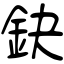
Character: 鈌